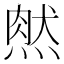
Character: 𤌔